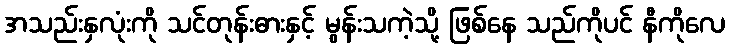
အသည်းနှလုံးကို သင်တုန်းဓားနှင့် မွန်းသကဲ့သို့ ဖြစ်နေ သည်ကိုပင် နီကိုလေ